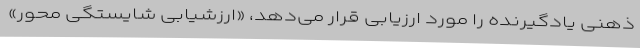
ذهنی یادگیرنده را مورد ارزیابی قرار می‌دهد، «ارزشیابی شایستگی محور»